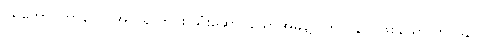
ပရိဘောဂကာလေ၊ အလိုရှိ တိုင်း သုံးဆောင်သောအခါ၌။ ဘာဝနာ၊ ဖြစ်သော ဘာဝနာ